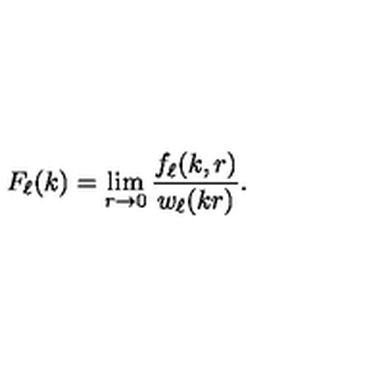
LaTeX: F _ { \ell } ( k ) = \lim _ { r \to 0 } \frac { f _ { \ell } ( k , r ) } { w _ { \ell } ( k r ) } .